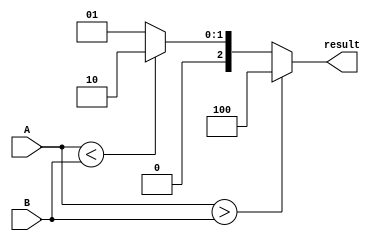
module ParameterizedComparator #(
    parameter N = 8  // Default bit width is 8 bits
)(
    input  [N-1:0] A,  // Input A
    input  [N-1:0] B,  // Input B
    output reg [2:0] result // Output: 3 bits for comparison result
);

// Comparison result encoding
// result[2] = 1 if A > B
// result[1] = 1 if A < B
// result[0] = 1 if A == B

always @(*) begin
    if (A > B) begin
        result = 3'b100; // A is greater
    end else if (A < B) begin
        result = 3'b010; // B is greater
    end else begin
        result = 3'b001; // A is equal to B
    end
end

endmodule